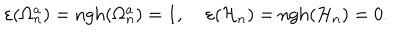
\varepsilon ( \Omega _ { n } ^ { a } ) = \mathrm { n g h } ( \Omega _ { n } ^ { a } ) = 1 , \; \varepsilon ( { \cal H } _ { n } ) = \mathrm { n g h } ( { \cal H } _ { n } ) = 0 .